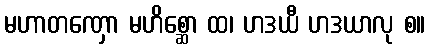
မဟာတဏှော မဟိစ္ဆော ထ၊ ဟဒယီ ဟဒယာလု စ။